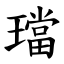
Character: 璫